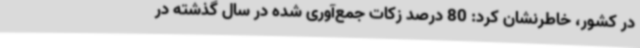
در کشور، خاطرنشان کرد: 80 درصد زکات جمع‌آوری شده در سال گذشته در